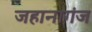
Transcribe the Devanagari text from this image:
जहानागंज